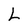
Character: L